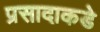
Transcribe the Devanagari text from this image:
प्रसादाकडे